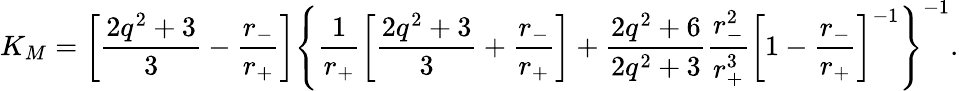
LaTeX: K_{M}=\left[\frac{2q^{2}+3}{3}-\frac{r_{-}}{r_{+}}\right]\left\{ \frac{1}{r_{+}}\left[\frac{2q^{2}+3}{3}+\frac{r_{-}}{r_{+}}\right]+\frac{2q^{2}+6}{2q^{2}+3}\frac{r_{-}^{2}}{r_{+}^{3}}\left[1-\frac{r_{-}}{r_{+}}\right]^{-1}\right\} ^{-1}.